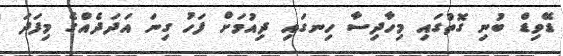
ޑޭވިޑް ބުނި ގޮތުގައި މިހާދިސާ ހިނގައި ދިއުމަށް ފަހު ގިނަ އަދަދެއްގެ މިފަދަ